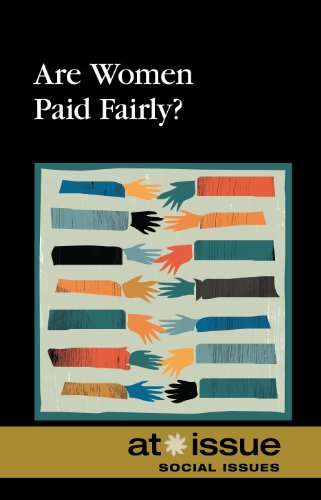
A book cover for Are Women Paid Fairly? (At Issue); Jennifer Dorman; Teen & Young Adult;